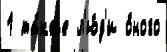
1 та́кже л'ю́д'и о́ного